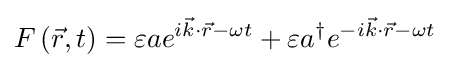
F\left({\vec {r}},t\right)=\varepsilon ae^{i{\vec {k}}\cdot {\vec {r}}-\omega t}+\varepsilon a^{\dagger }e^{-i{\vec {k}}\cdot {\vec {r}}-\omega t}